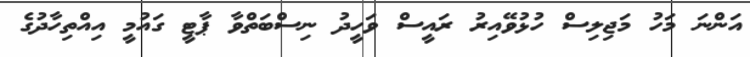
އަންނަ މަހު މަޖިލިސް ހުޅުވޭއިރު ރައީސް ވަހީދު ނިސްބަތްވާ ޕާޓީ ގައުމީ އިއްތިހާދުގެ